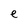
Character: e